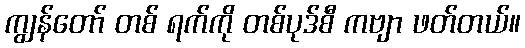
ကျွန်တော် တစ် ရက်ကို တစ်ပုဒ်စီ ကဗျာ ဖတ်တယ်။